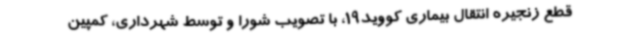
قطع زنجیره انتقال بیماری کووید19، با تصویب شورا و توسط شهرداری، کمپین